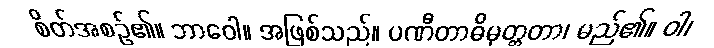
စိတ်အစဉ်၏။ ဘာဝေါ။ အဖြစ်သည်။ ပဏီတာဓိမုတ္တတာ၊ မည်၏။ ဝါ၊